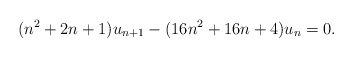
\begin{align*}(n^2 + 2n + 1)u_{n + 1} - (16n^2 + 16n + 4)u_{n} = 0. \end{align*}